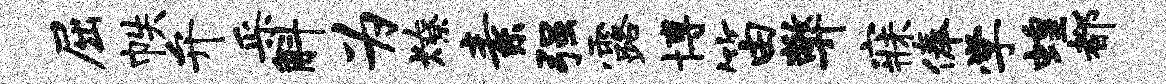
屈帙弁采斛为燎素强露博笛弊寐俸学蝗都